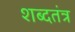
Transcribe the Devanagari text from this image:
शब्दतंत्र